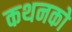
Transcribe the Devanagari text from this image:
कथनको